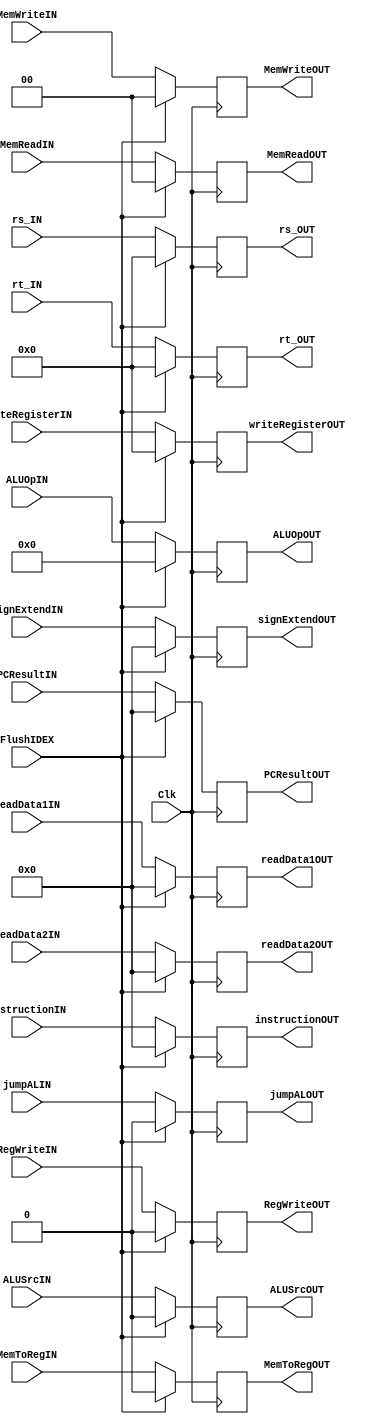
module ID_EX(instructionIN, instructionOUT, readData1IN, readData1OUT, readData2IN, readData2OUT, signExtendIN, signExtendOUT, writeRegisterIN, writeRegisterOUT, PCResultIN, PCResultOUT, rs_IN, rt_IN,
rs_OUT, rt_OUT, RegWriteIN, ALUSrcIN, ALUOpIN, MemWriteIN, MemReadIN, MemToRegIN, jumpALIN, 
RegWriteOUT, ALUSrcOUT, ALUOpOUT, MemWriteOUT, MemReadOUT, MemToRegOUT, jumpALOUT, Clk, FlushIDEX);

// controller inputs
input RegWriteIN, jumpALIN, ALUSrcIN, MemToRegIN, FlushIDEX;
input [1:0] MemReadIN, MemWriteIN;
input [3:0] ALUOpIN;
input [4:0] writeRegisterIN, rt_IN, rs_IN;

// controller outputs
output reg RegWriteOUT, jumpALOUT, ALUSrcOUT, MemToRegOUT;
output reg[1:0] MemReadOUT, MemWriteOUT;
output reg[3:0] ALUOpOUT;
output reg[4:0] writeRegisterOUT, rt_OUT, rs_OUT;

input [31:0] instructionIN;
input [31:0] readData1IN, readData2IN, PCResultIN, signExtendIN;
input Clk;
output reg[31:0] instructionOUT;
output reg[31:0] readData1OUT, readData2OUT, PCResultOUT, signExtendOUT;

always@(posedge Clk) begin
  if (FlushIDEX == 1) begin
        readData1OUT <= 0;
        readData2OUT <= 0;
        PCResultOUT <= 0;
        signExtendOUT <= 0;
        instructionOUT <= 0;
         writeRegisterOUT <= 0;
        rt_OUT <= 0;
        rs_OUT <= 0;
        
        RegWriteOUT <= 0;
        jumpALOUT <= 0;
        ALUSrcOUT <= 0;
        MemToRegOUT <= 0;
        MemReadOUT <= 0;
        MemWriteOUT <= 0;
        ALUOpOUT <= 0;
    end
    else begin
        readData1OUT <= readData1IN;
        readData2OUT <= readData2IN;
        PCResultOUT <= PCResultIN;
        signExtendOUT <= signExtendIN;
        instructionOUT <= instructionIN;
        writeRegisterOUT <= writeRegisterIN;
        rt_OUT <= rt_IN;
        rs_OUT <= rs_IN;
        
        RegWriteOUT <= RegWriteIN;
        jumpALOUT <= jumpALIN;
        ALUSrcOUT <= ALUSrcIN;
        MemToRegOUT <= MemToRegIN;
        MemReadOUT <= MemReadIN;
        MemWriteOUT <= MemWriteIN;
        ALUOpOUT <= ALUOpIN;
    end

end
endmodule